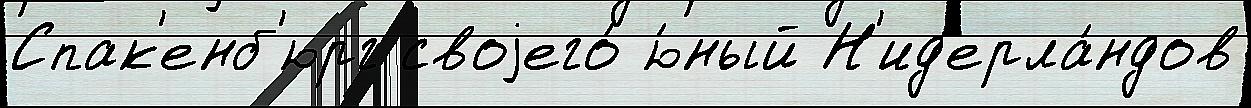
Спак'енб'юрг своjего́ ю́ный Н'ид'ерла́ндов